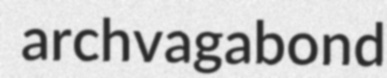
archvagabond